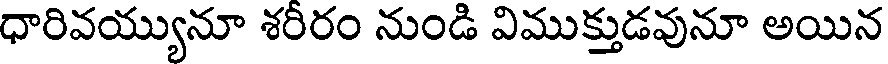
ధారివయ్యునూ శరీరం నుండి విముక్తుడవునూ అయిన